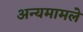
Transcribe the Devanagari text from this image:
अन्यमामले